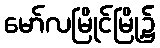
မော်လမြိုင်မြို့၌